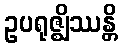
ဥပရုဇ္ဈိဿန္တိ